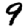
Digit: 9